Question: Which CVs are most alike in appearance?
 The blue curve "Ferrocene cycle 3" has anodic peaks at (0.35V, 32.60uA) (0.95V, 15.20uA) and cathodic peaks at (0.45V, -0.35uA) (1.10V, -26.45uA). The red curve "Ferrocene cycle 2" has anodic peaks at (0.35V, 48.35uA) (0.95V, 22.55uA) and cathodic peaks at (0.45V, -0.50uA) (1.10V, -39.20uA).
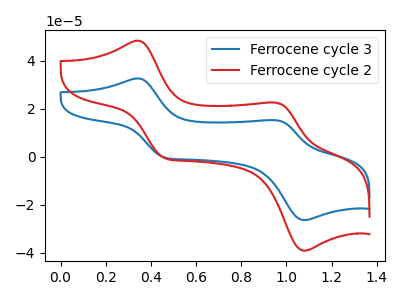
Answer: <think>All the peaks in "Ferrocene cycle 3" have a peak in "Ferrocene cycle 2" at the same potential. Every peak in "Ferrocene cycle 3" is lower than every peak in "Ferrocene cycle 2".
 </think>
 <answer>"Ferrocene cycle 3" and "Ferrocene cycle 2" have the same shape and are likely CV's of the same chemical.</answer>
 <eval>"Ferrocene cycle 3" "Ferrocene cycle 2"</eval>